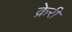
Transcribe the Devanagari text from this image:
क्रेरी